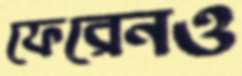
ফেরেনও